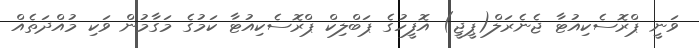
ވަނީ ޕްރޮސެކިއުޓާ ޖެނެރަލް(ޕީޖީ) އޮފީހުގެ ޕަބްލިކް ޕްރޮސެކިއުޓާ ކަމުގެ މަގާމުން ވަކި މުއްދަތެއް